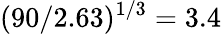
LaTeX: (90/2.63)^{1/3}=3.4